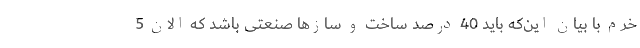
خرم با بیان این‌که باید 40 درصد ساخت و سازها صنعتی باشد که الان 5